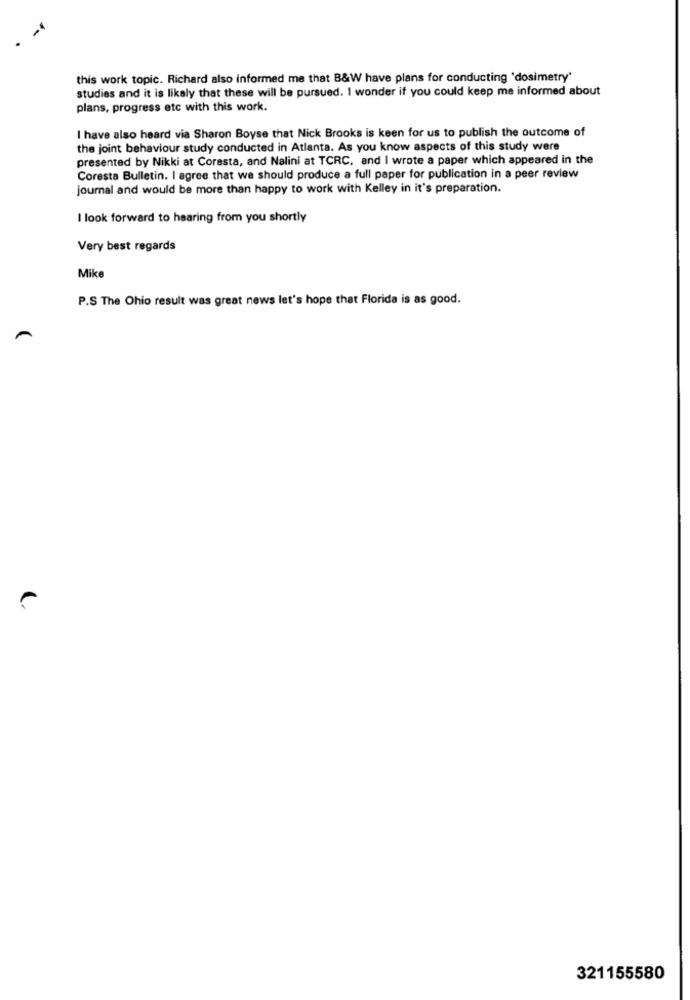
this work topic. Richard also informed me that B&W have plans for conducting 'dosimetry'
studies and it is likely that these will be pursued. I wonder if you could keep me informed about
plans, progress etc with this work.
I have also heard via Sharon Boyse that Nick Brooks is keen for us to publish the outcome of
the joint behaviour study conducted in Atlanta. As you know aspects of this study were
presented by Nikki at Coresta, and Nalini at TCRC, and I wrote a paper which appeared in the
Coresta Bulletin. I agree that we should produce a full paper for publication in a peer review
journal and would be more than happy to work with Kelley in it's preparation.
I look forward to hearing from you shortly
Very best regards
Mike
P.S The Ohio result was great news let's hope that Florida is as good.
321155580